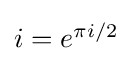
{\textstyle i=e^{\pi i/2}}